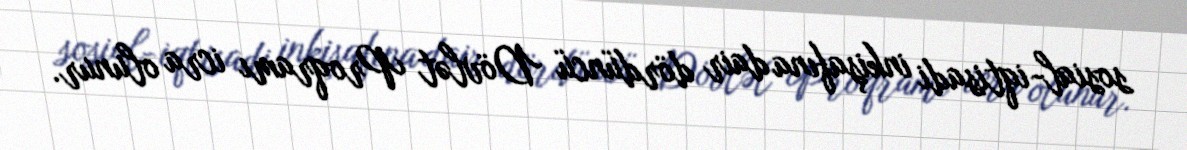
sosial-iqtisadi inkişafına dair dördüncü Dövlət Proqramı icra olunur.